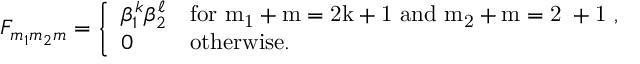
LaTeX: { \cal F } _ { m _ { 1 } m _ { 2 } m } = \left\{ \begin{array} { l l } { { \beta _ { 1 } ^ { k } \beta _ { 2 } ^ { \ell } } } & { { \mathrm { f o r ~ m _ { 1 } + m = 2 k + 1 ~ a n d ~ m _ { 2 } + m = 2 \ell + 1 ~ , } } } \\ { { 0 } } & { { \mathrm { o t h e r w i s e . } } } \end{array} \right.